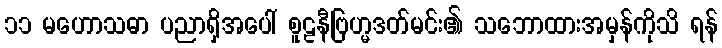
၁၁ မဟောသဓာ ပညာရှိအပေါ် စူဠနီဗြဟ္မဒတ်မင်း၏ သဘောထားအမှန်ကိုသိ ရန်